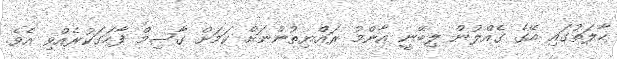
ހާލަތުގައި އޭގެ ގެއްލުން ލިބޭނީ އާންމު ރައްޔިތުންނަށް ކަމަށް ގާސިމް ފާހަގަކުރެއްވި އެވެ.